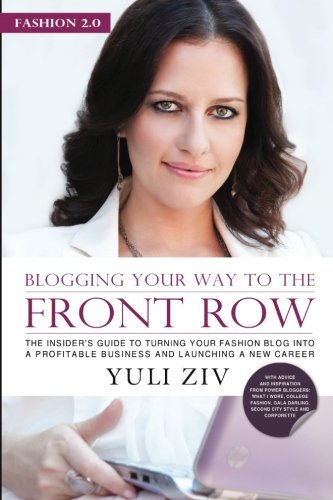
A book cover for Fashion 2.0: Blogging Your Way to The Front Row- The Insider's Guide to Turning Your Fashion Blog into a Profitable Business and Launching a New Career, Vol. 1; Yuli Ziv; Computers & Technology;